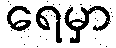
ရေမှာ